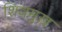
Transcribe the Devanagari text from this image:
शिवमुख